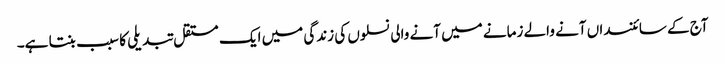
آج کے سائنسداں آنے والے زمانے میں آنے والی نسلوں کی زندگی میں ایک مستقل تبدیلی کا سبب بنتا ہے۔